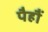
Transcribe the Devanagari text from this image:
पैहौं